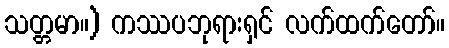
သတ္တမာ။) ကဿပဘုရားရှင် လက်ထက်တော်။